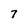
Character: 7